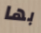
بها